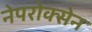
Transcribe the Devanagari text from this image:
नेपरोक्सेन